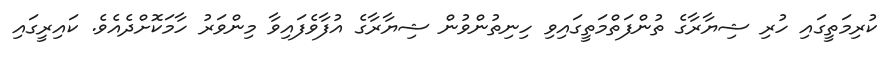
ކުރިމަތީގައި ހުރި ޝިޔާރާގެ ތުންފަތްމަތީގައިވި ހިނިތުންވުން ޝިޔާރާގެ އުފާވެފައިވާ މިންވަރު ހާމަކޮށްދެއެވެ. ކައިރީގައި